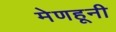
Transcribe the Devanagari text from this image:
मेणहूनी